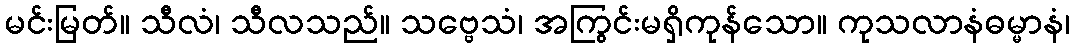
မင်းမြတ်။ သီလံ၊ သီလသည်။ သဗ္ဗေသံ၊ အကြွင်းမရှိကုန်သော။ ကုသလာနံဓမ္မာနံ၊